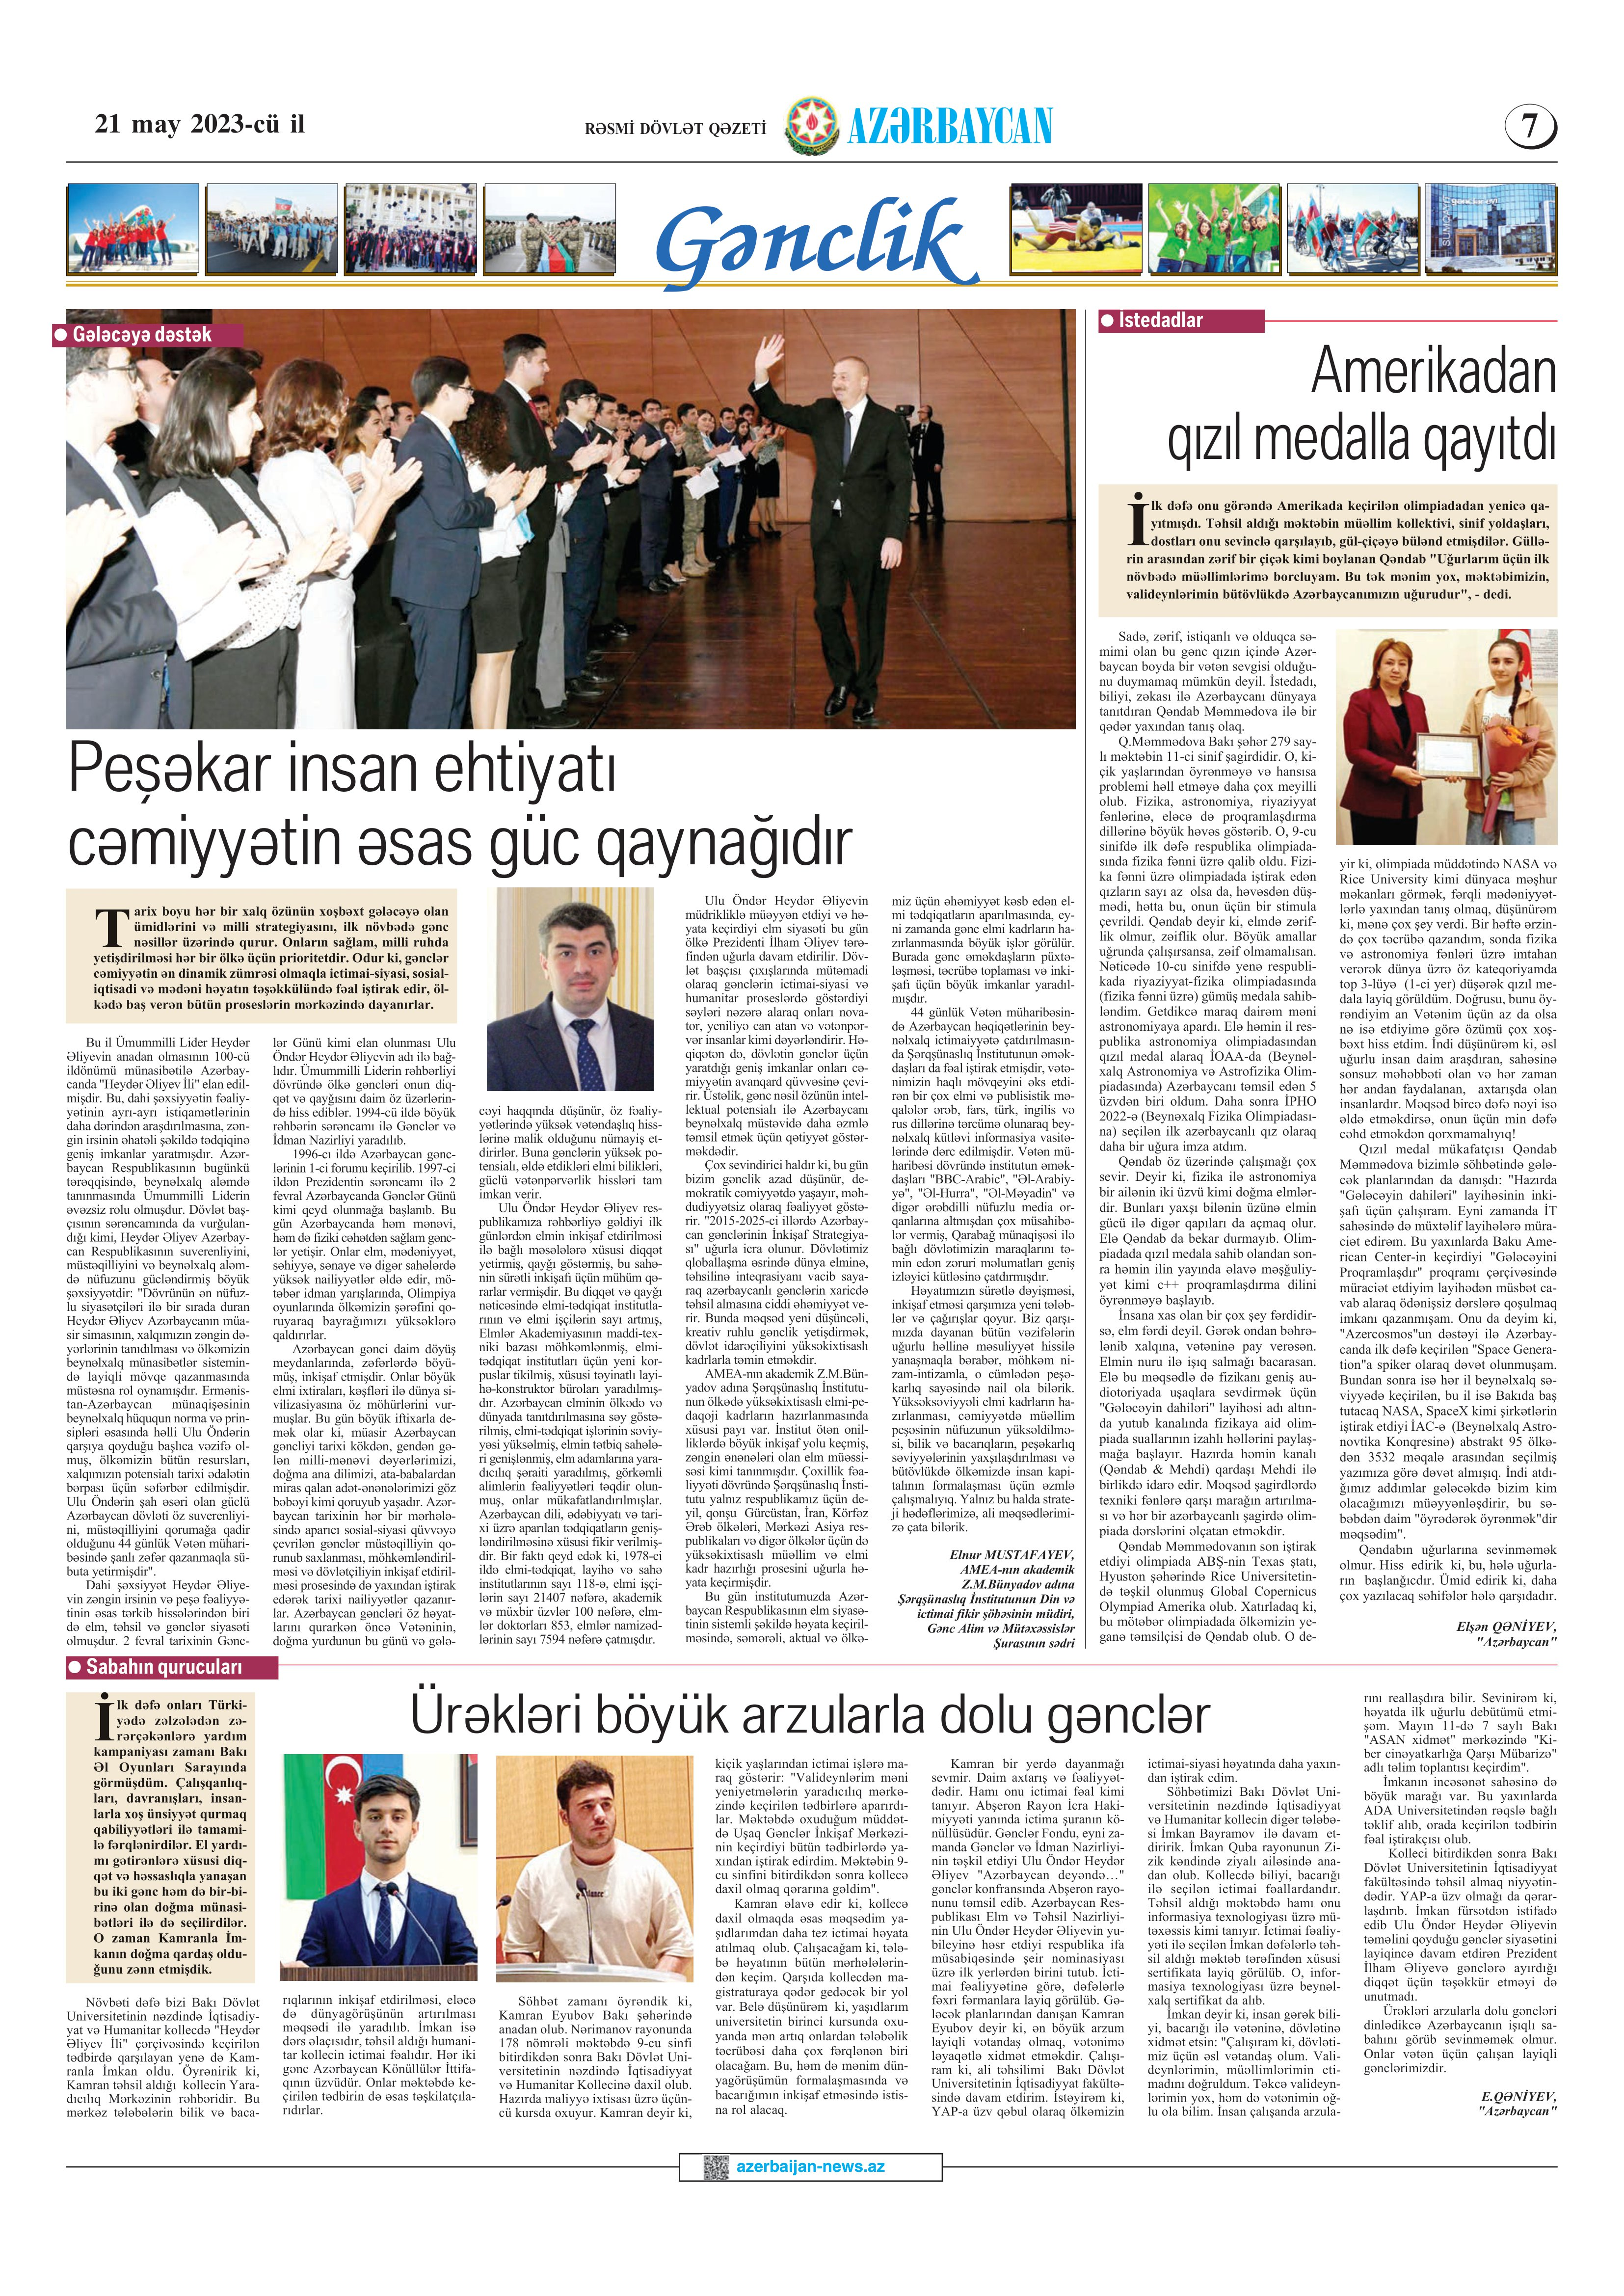
Language: az